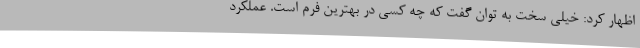
اظهار کرد: خیلی سخت به توان گفت که چه کسی در بهترین فرم است. عملکرد